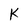
Character: K